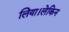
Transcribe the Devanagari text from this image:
लिया।लेकिन